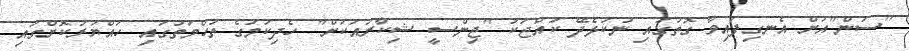
"ސަން"އަށް އެނގިފައިވާ ގޮތުގައި ނުކުޅެދޭ ކުއްޖަކު "ޖިންސީ ޝިކާރައަކަށް" ހެދިކަމުގެ ތުހްމަތުގައި ހައްޔަރުކޮށްގައި